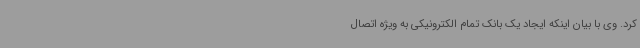
کرد. وی با بیان اینکه ایجاد یک بانک تمام الکترونیکی به ویژه اتصال